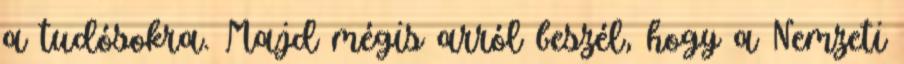
a tudósokra. Majd mégis arról beszél, hogy a Nemzeti